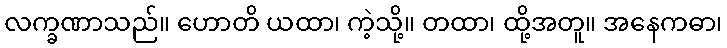
လက္ခဏာသည်။ ဟောတိ ယထာ၊ ကဲ့သို့။ တထာ၊ ထို့အတူ။ အနေကဓာ၊